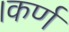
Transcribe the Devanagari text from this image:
।कर्ण